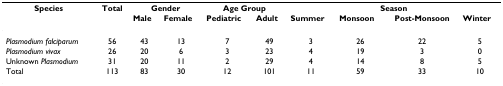
<table><thead><tr><td><b>Species</b></td><td><b>Total</b></td><td colspan="2"><b>Gender</b></td><td colspan="2"><b>Age Group</b></td><td colspan="4"><b>Season</b></td></tr><tr><td></td><td></td><td><b>Male</b></td><td><b>Female</b></td><td><b>Pediatric</b></td><td><b>Adult</b></td><td><b>Summer</b></td><td><b>Monsoon</b></td><td><b>Post-Monsoon</b></td><td><b>Winter</b></td></tr></thead><tbody><tr><td><i>Plasmodium falciparum</i></td><td>56</td><td>43</td><td>13</td><td>7</td><td>49</td><td>3</td><td>26</td><td>22</td><td>5</td></tr><tr><td><i>Plasmodium vivax</i></td><td>26</td><td>20</td><td>6</td><td>3</td><td>23</td><td>4</td><td>19</td><td>3</td><td>0</td></tr><tr><td>Unknown <i>Plasmodium</i></td><td>31</td><td>20</td><td>11</td><td>2</td><td>29</td><td>4</td><td>14</td><td>8</td><td>5</td></tr><tr><td>Total</td><td>113</td><td>83</td><td>30</td><td>12</td><td>101</td><td>11</td><td>59</td><td>33</td><td>10</td></tr></tbody></table>